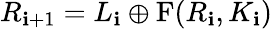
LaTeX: R_{\mathbf{i}+1}=L_{\mathbf{i}}\oplus\mathrm{{{F}}}(R_{\mathbf{i}},K_{\mathbf{i}})